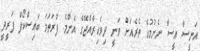
އަނީސާ ޢީސާ ނެށުމުގެ ތެރެއަށް ވަނީ ދިވެހިރާއްޖޭގެ އެންމެ ފުރަތަމަ ބައިސްކޯފް ފަރީދީ